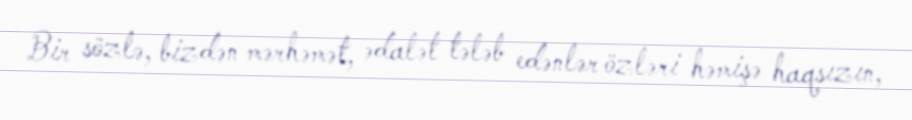
Bir sözlə, bizdən mərhəmət, ədalət tələb edənlər özləri həmişə haqsızın,